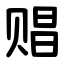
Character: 䞎